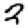
Digit: 2